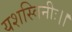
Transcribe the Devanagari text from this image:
यशस्विनीः।।